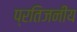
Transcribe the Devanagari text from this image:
प्रतिजनीय